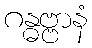
ဂန္ဓဗ္ဗာနံ